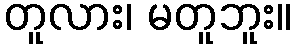
တူလား၊ မတူဘူး။